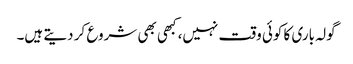
گولہ باری کا کوئی وقت نہیں، کبھی بھی شروع کر دیتے ہیں۔